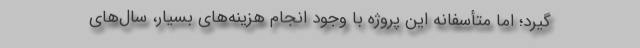
گیرد؛ اما متأسفانه این پروژه با وجود انجام هزینه‌های بسیار، سال‌‌های